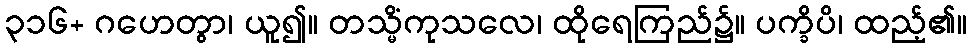
၃၁၆+ ဂဟေတွာ၊ ယူ၍။ တသ္မိံကုသလေ၊ ထိုရေကြည်၌။ ပက္ခိပိ၊ ထည့်၏။